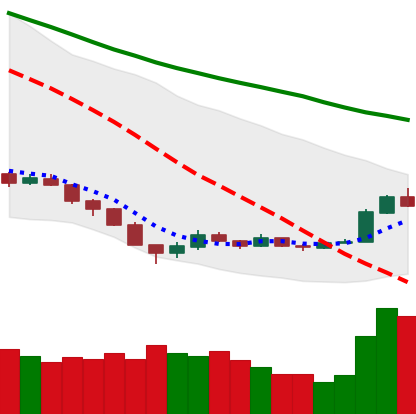
Ticker: EOS-USD
Chart end date: 2018-12-19
Forward return: 11.71%
Label: up_7plus